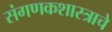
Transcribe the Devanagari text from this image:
संगणकशास्त्राचे